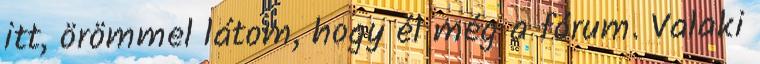
itt, örömmel látom, hogy él még a fórum. Valaki